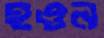
হওন